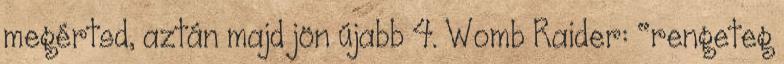
megértsd, aztán majd jön újabb 4. Womb Raider: "rengeteg